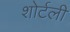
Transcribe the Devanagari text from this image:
शोर्टली